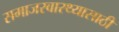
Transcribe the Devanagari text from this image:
समाजस्वास्थ्यासाठी